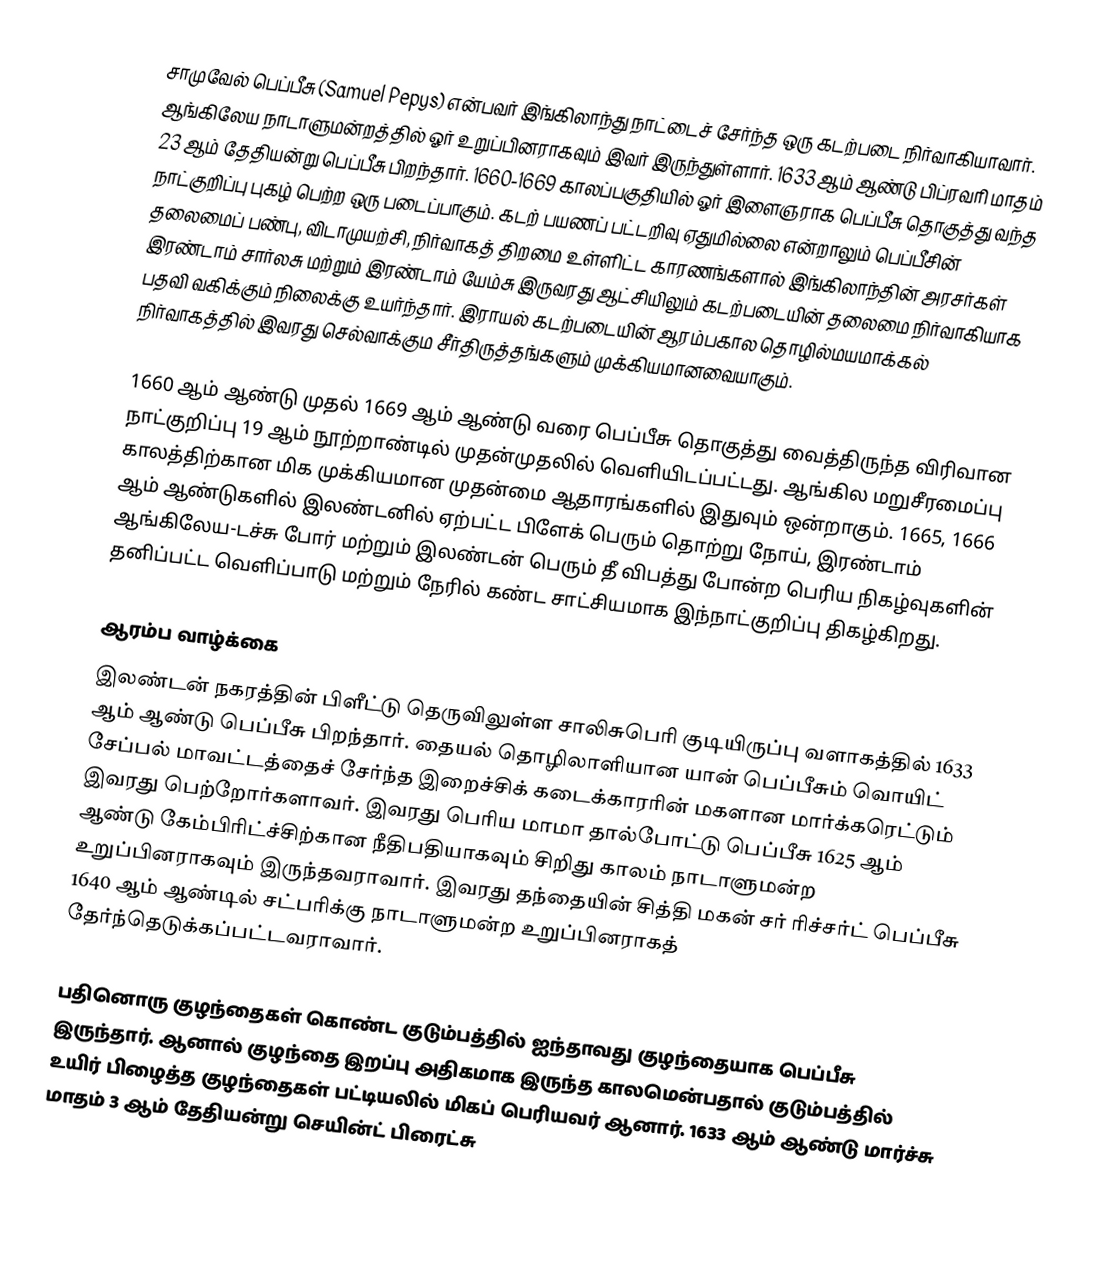
சாமுவேல் பெப்பீசு  (Samuel Pepys)  என்பவர் இங்கிலாந்து நாட்டைச் சேர்ந்த ஒரு கடற்படை நிர்வாகியாவார். ஆங்கிலேய நாடாளுமன்றத்தில் ஓர் உறுப்பினராகவும் இவர் இருந்துள்ளார். 1633 ஆம் ஆண்டு பிப்ரவரி மாதம் 23 ஆம் தேதியன்று பெப்பீசு பிறந்தார். 1660-1669 காலப்பகுதியில் ஓர் இளைஞராக பெப்பீசு தொகுத்து வந்த நாட்குறிப்பு புகழ் பெற்ற ஒரு படைப்பாகும்.  கடற் பயணப் பட்டறிவு ஏதுமில்லை  என்றாலும்  பெப்பீசின் தலைமைப் பண்பு, விடாமுயற்சி, நிர்வாகத் திறமை உள்ளிட்ட காரணங்களால்  இங்கிலாந்தின் அரசர்கள் இரண்டாம் சார்லசு மற்றும் இரண்டாம் யேம்சு  இருவரது ஆட்சியிலும் கடற்படையின் தலைமை நிர்வாகியாக பதவி வகிக்கும் நிலைக்கு உயர்ந்தார். இராயல் கடற்படையின் ஆரம்பகால தொழில்மயமாக்கல் நிர்வாகத்தில் இவரது செல்வாக்கும சீர்திருத்தங்களும்  முக்கியமானவையாகும்.

1660 ஆம் ஆண்டு முதல் 1669 ஆம் ஆண்டு வரை பெப்பீசு தொகுத்து வைத்திருந்த விரிவான நாட்குறிப்பு 19 ஆம் நூற்றாண்டில் முதன்முதலில் வெளியிடப்பட்டது. ஆங்கில மறுசீரமைப்பு காலத்திற்கான மிக முக்கியமான முதன்மை ஆதாரங்களில் இதுவும் ஒன்றாகும். 1665, 1666 ஆம் ஆண்டுகளில் இலண்டனில் ஏற்பட்ட பிளேக் பெரும் தொற்று நோய்,  இரண்டாம் ஆங்கிலேய-டச்சு போர் மற்றும் இலண்டன் பெரும் தீ விபத்து போன்ற பெரிய நிகழ்வுகளின் தனிப்பட்ட வெளிப்பாடு மற்றும் நேரில் கண்ட சாட்சியமாக இந்நாட்குறிப்பு திகழ்கிறது.

ஆரம்ப வாழ்க்கை
இலண்டன் நகரத்தின் பிளீட்டு தெருவிலுள்ள சாலிசுபெரி குடியிருப்பு வளாகத்தில்  1633 ஆம் ஆண்டு பெப்பீசு பிறந்தார். தையல் தொழிலாளியான யான் பெப்பீசும் வொயிட் சேப்பல் மாவட்டத்தைச் சேர்ந்த இறைச்சிக் கடைக்காரரின் மகளான மார்க்கரெட்டும் இவரது பெற்றோர்களாவர். இவரது பெரிய மாமா தால்போட்டு பெப்பீசு 1625 ஆம் ஆண்டு கேம்பிரிட்ச்சிற்கான நீதிபதியாகவும் சிறிது காலம்  நாடாளுமன்ற உறுப்பினராகவும் இருந்தவராவார். இவரது தந்தையின் சித்தி மகன் சர் ரிச்சர்ட் பெப்பீசு 1640 ஆம் ஆண்டில் சட்பரிக்கு நாடாளுமன்ற உறுப்பினராகத்  தேர்ந்தெடுக்கப்பட்டவராவார்.

பதினொரு குழந்தைகள் கொண்ட குடும்பத்தில்  ஐந்தாவது குழந்தையாக பெப்பீசு இருந்தார். ஆனால் குழந்தை இறப்பு அதிகமாக இருந்த காலமென்பதால்   குடும்பத்தில் உயிர் பிழைத்த குழந்தைகள் பட்டியலில் மிகப் பெரியவர் ஆனார். 1633 ஆம் ஆண்டு மார்ச்சு மாதம் 3 ஆம் தேதியன்று செயின்ட் பிரைட்சு